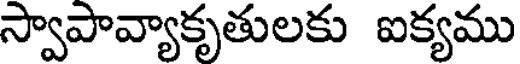
స్వాపావ్యాకృతులకు ఐక్యము